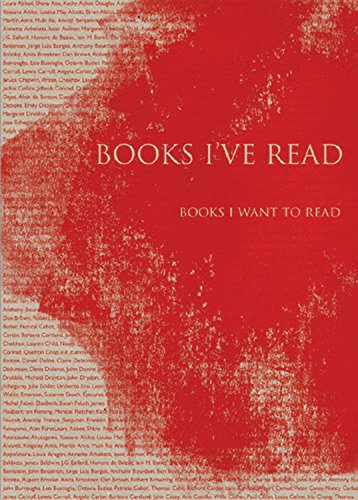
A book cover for Books I've Read: Books I Want to Read; Annabel Fraser; Literature & Fiction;